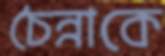
চৈন্নাকে